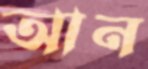
আন